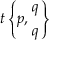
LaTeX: t \left\{ p , { q \atop q } \right\}